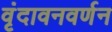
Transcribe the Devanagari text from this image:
वृंदावनवर्णन